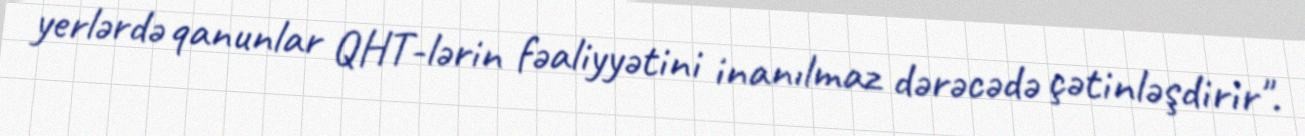
yerlərdə qanunlar QHT-lərin fəaliyyətini inanılmaz dərəcədə çətinləşdirir".